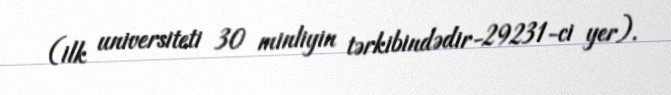
(ilk universiteti 30 minliyin tərkibindədir-29231-ci yer).